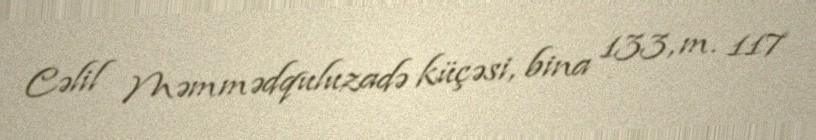
Cəlil Məmmədquluzadə küçəsi, bina 133, m. 117